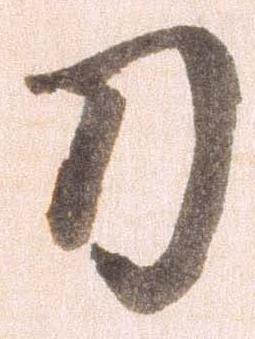
刀